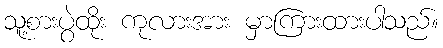
သူ့စားပွဲထိုး ကုလားအား မှာကြားထားပါသည်။